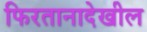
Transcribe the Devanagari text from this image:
फिरतानादेखील